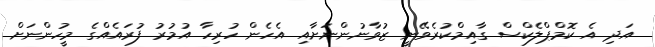
އަދި އެ ކޮމްޕްލެކްސް ގާއިމްކުރެވޭނީ ޒުވާނުންނަށާއި އެހެން ހުރިހާ އުމުރު ފުރައެއްގެ މީހުންނަށް